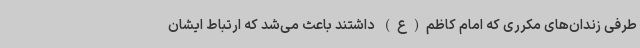
طرفی زندان‌های مکرری که امام کاظم(ع) داشتند باعث می‌شد که ارتباط ایشان